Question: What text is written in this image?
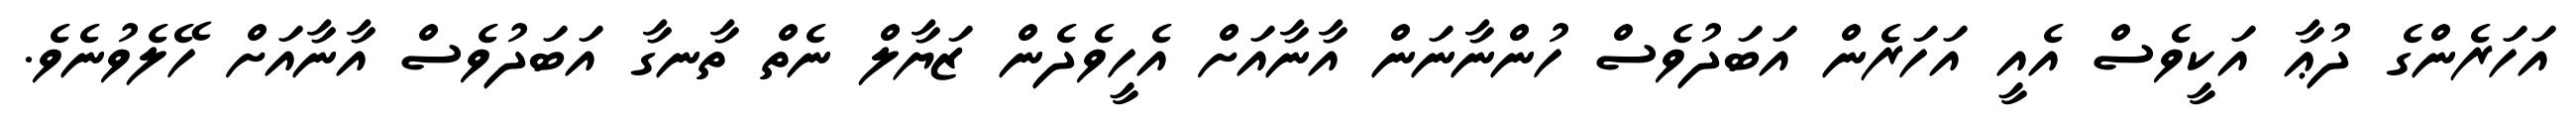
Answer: އަހަރެންގެ ދުޢާ އަކީވެސް އެއީ އަހަރެން އަބަދުވެސް ހުންނާނަން އާނާއަށް އެހީވެދެން ޒަޔާލް ނެތް ތާނގާ އަބަދުވެސް އާނާއަށް ހޭލެވުނެވެ.